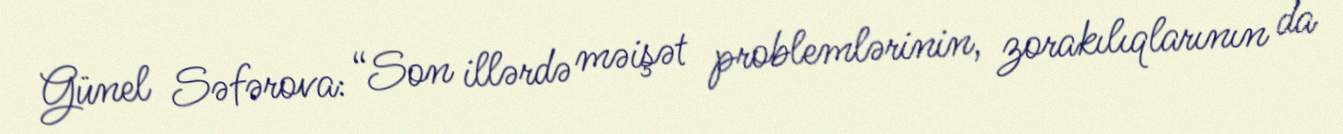
Günel Səfərova: “Son illərdə məişət problemlərinin, zorakılıqlarının da